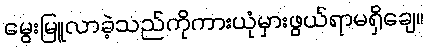
မွေးမြူလာခဲ့သည်ကိုကားယုံမှားဖွယ်ရာမရှိချေ။